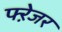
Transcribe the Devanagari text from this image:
फ्ऱेजर